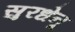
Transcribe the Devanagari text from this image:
सुरधेनू